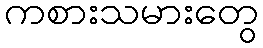
ကစားသမားတွေ